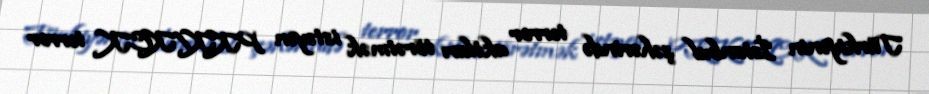
Türkiyənin İstanbul şəhərində terror aktları törətmək istəyən PKK/KCK terror